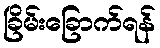
ခြိမ်းခြောက်ရန်